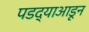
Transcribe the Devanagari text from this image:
पडद्याआडून